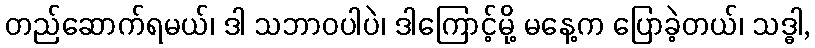
တည်ဆောက်ရမယ်၊ ဒါ သဘာဝပါပဲ၊ ဒါကြောင့်မို့ မနေ့က ပြောခဲ့တယ်၊ သဒ္ဓါ,